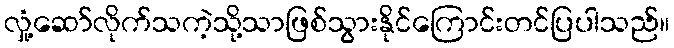
လှုံ့ဆော်လိုက်သကဲ့သို့သာဖြစ်သွားနိုင်ကြောင်းတင်ပြပါသည်။